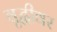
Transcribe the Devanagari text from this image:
वृद्धीवर